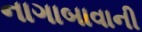
નાગાબાવાની